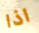
اذا